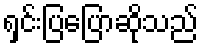
ရှင်းပြပြောဆိုသည်